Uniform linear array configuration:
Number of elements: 32
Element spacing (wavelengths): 1
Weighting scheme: cosine
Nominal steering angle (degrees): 60
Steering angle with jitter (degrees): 61.34
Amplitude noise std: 0.05
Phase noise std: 0.05

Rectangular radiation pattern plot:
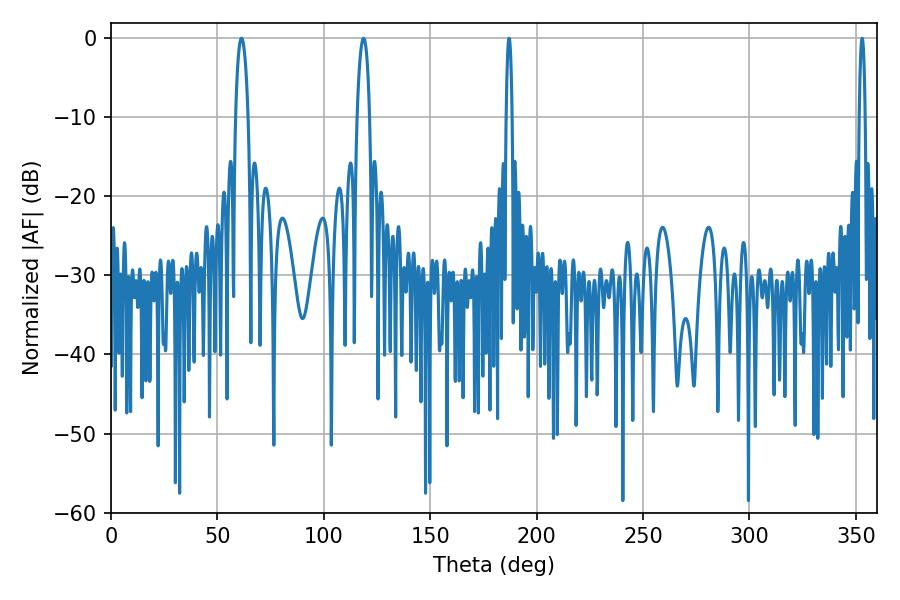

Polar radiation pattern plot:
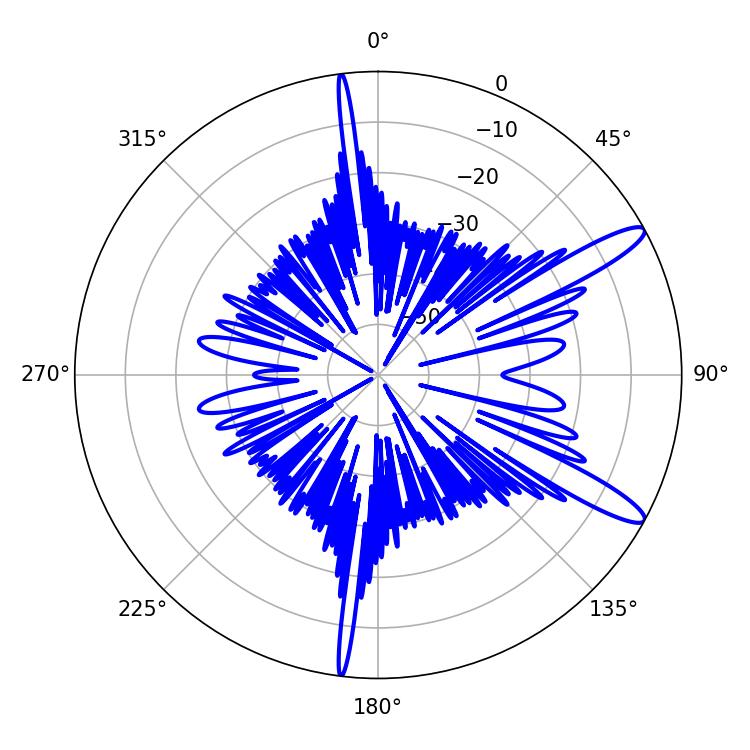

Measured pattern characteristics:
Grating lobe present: TRUE
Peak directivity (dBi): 12.741
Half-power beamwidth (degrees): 1.44
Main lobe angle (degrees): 187.02